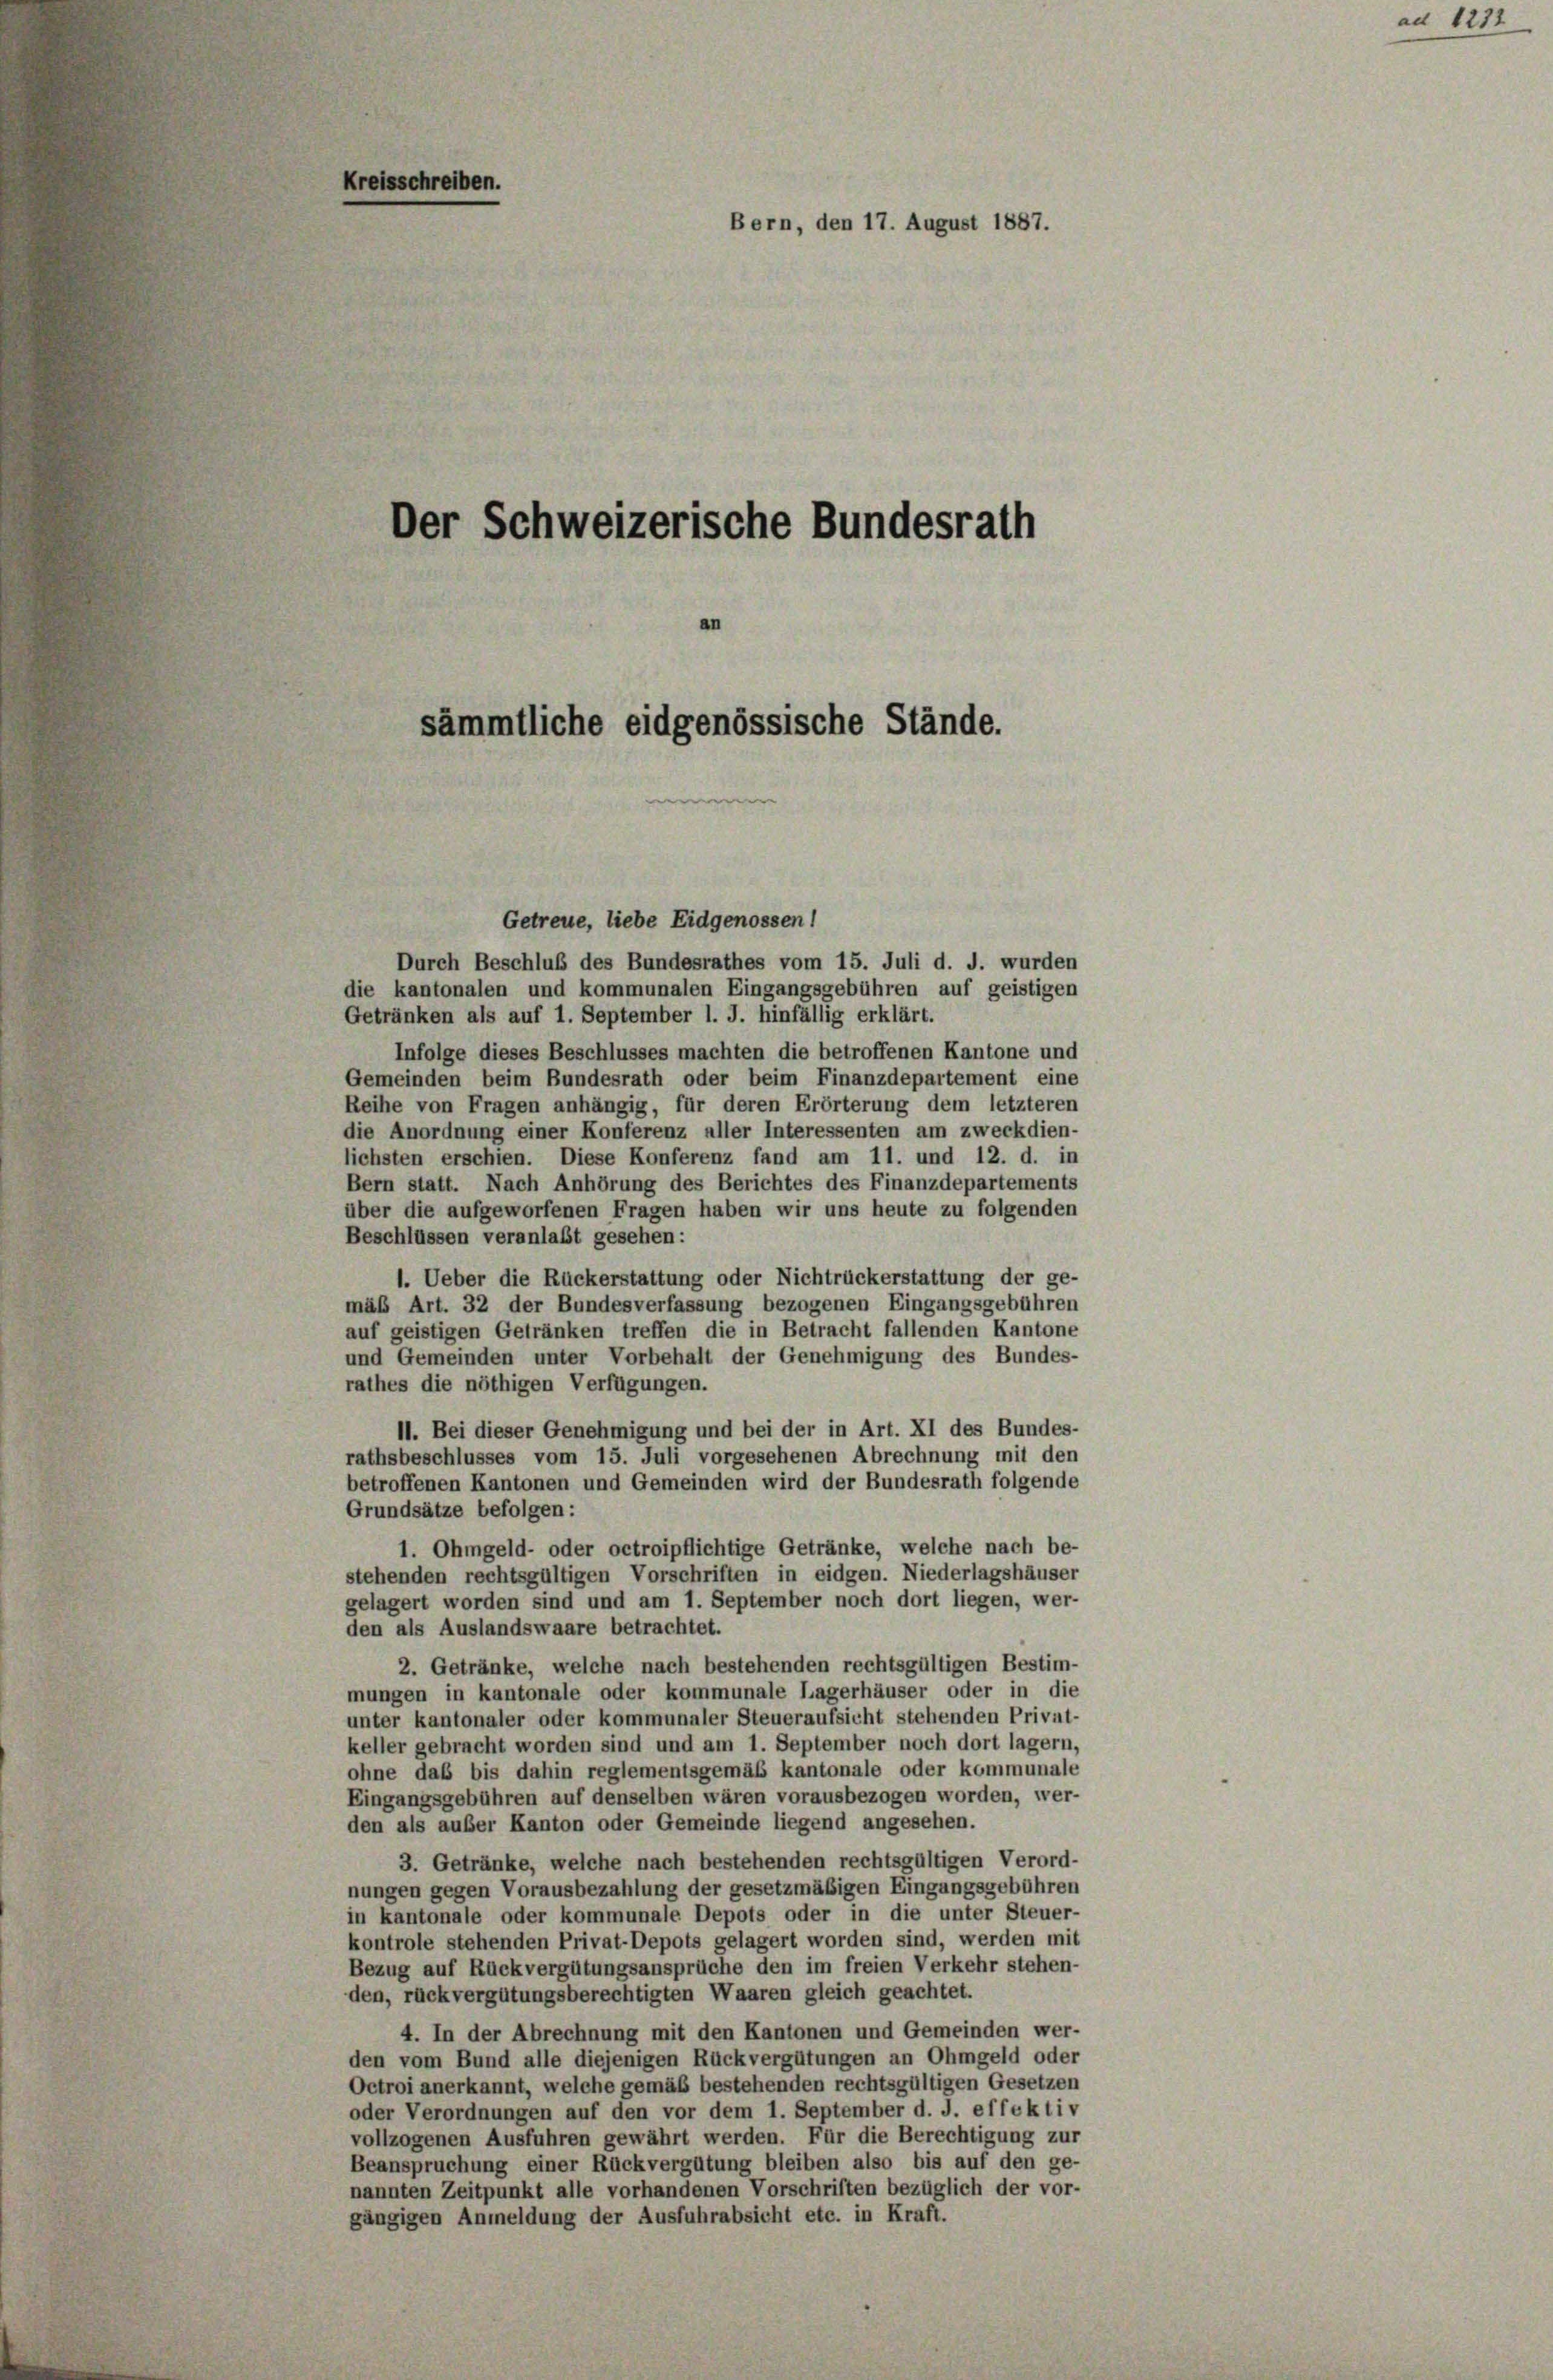
isschreiben.
Bern, den 17. August 1887.

Der Schweizerische Bundesrath
sämmtliche eidgenössische Stände.

Getreue, liebe Eidgenossen!
Durch Beschluß des Bundesrathes vom 15. Juli d. J. wurden
die kantonalen und kommunalen Eingangsgebühren auf geistigen
Getränken als auf 1. September l. J. hinfällig erklärt.
Infolge dieses Beschlusses machten die betroffenen Kantone und
Gemeinden beim Bundesrath oder beim Finanzdepartement eine
Reihe von Fragen anhängig, für deren Erörterung dem letzteren
die Anordnung einer Konferenz aller Interessenten am zweckdien-
lichsten erschien. Diese Konferenz fand am 11. und 12. d. in
Bern statt. Nach Anhörung des Berichtes des Finanzdepartements
über die aufgeworfenen Fragen haben wir uns heute zu folgenden
Beschlüssen veranlaßt gesehen:
1. Ueber die Rückerstattung oder Nichtrückerstattung der ge-
mäß Art. 32 der Bundesverfassung bezogenen Eingangsgebühren
auf geistigen Getränken treffen die in Betracht fallenden Kantone
und Gemeinden unter Vorbehalt der Genehmigung des Bundes-
rathes die nöthigen Verfügungen.
11. Bei dieser Genehmigung und bei der in Art. XI des Bundes-
rathsbeschlusses vom 15. Juli vorgesehenen Abrechnung mit den
betroffenen Kantonen und Gemeinden wird der Bundesrath folgende
Grundsätze befolgen:
1. Ohmgeld- oder octroipflichtige Getränke, welche nach be-
stehenden rechtsgültigen Vorschriften in eidgen. Niederlagshäuser
gelagert worden sind und am 1. September noch dort liegen, wer-
den als Auslandswaare betrachtet.
2. Getränke, welche nach bestehenden rechtsgültigen Bestim-
mungen in kantonale oder kommunale Lagerhäuser oder in die
unter kantonaler oder kommunaler Steueraufsicht stehenden Privat-
keller gebracht worden sind und am 1. September noch dort lagern,
ohne daß bis dahin reglementsgemäß kantonale oder kommunale
Eingangsgebühren auf denselben wären vorausbezogen worden, wer-
den als außer Kanton oder Gemeinde liegend angesehen.
3. Getränke, welche nach bestehenden rechtsgültigen Verord-
nungen gegen Vorausbezahlung der gesetzmäßigen Eingangsgebühren
in kantonale oder kommunale Depots oder in die unter Steuer-
kontrole stehenden Privat-Depots gelagert worden sind, werden mit
Bezug auf Rückvergütungsansprüche den im freien Verkehr stehen-
den, rückvergütungsberechtigten Waaren gleich geachtet.
4. In der Abrechnung mit den Kantonen und Gemeinden wer-
den vom Bund alle diejenigen Rückvergütungen an Ohmgeld oder
Octroi anerkannt, welche gemäß bestehenden rechtsgültigen Gesetzen
oder Verordnungen auf den vor dem 1. September d. J. effektiv
vollzogenen Ausführen gewährt werden. Für die Berechtigung zur
Beanspruchung einer Rückvergütung bleiben also bis auf den ge-
nannten Zeitpunkt alle vorhandenen Vorschriften bezüglich der vor-
gängigen Anmeldung der Ausfuhrabsicht etc. in Kraft.

ad 1232